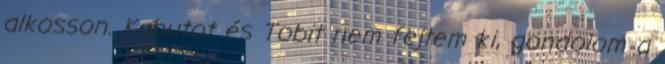
alkosson. Kabutot és Tobit nem fejtem ki, gondolom a